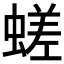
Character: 𧏞